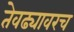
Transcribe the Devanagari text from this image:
तेवढ्यावरच